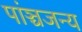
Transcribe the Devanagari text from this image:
पांञ्चजन्य